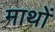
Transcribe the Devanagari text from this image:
माथों